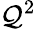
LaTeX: \mathcal{Q}^{2}